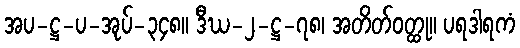
အပ-ဋ္ဌ-ပ-အုပ်-၃၄၈။ ဒီဃ-၂-ဋ္ဌ-၇၈၊ အတိတ်ဝတ္ထု။ ပရဒါရကံ